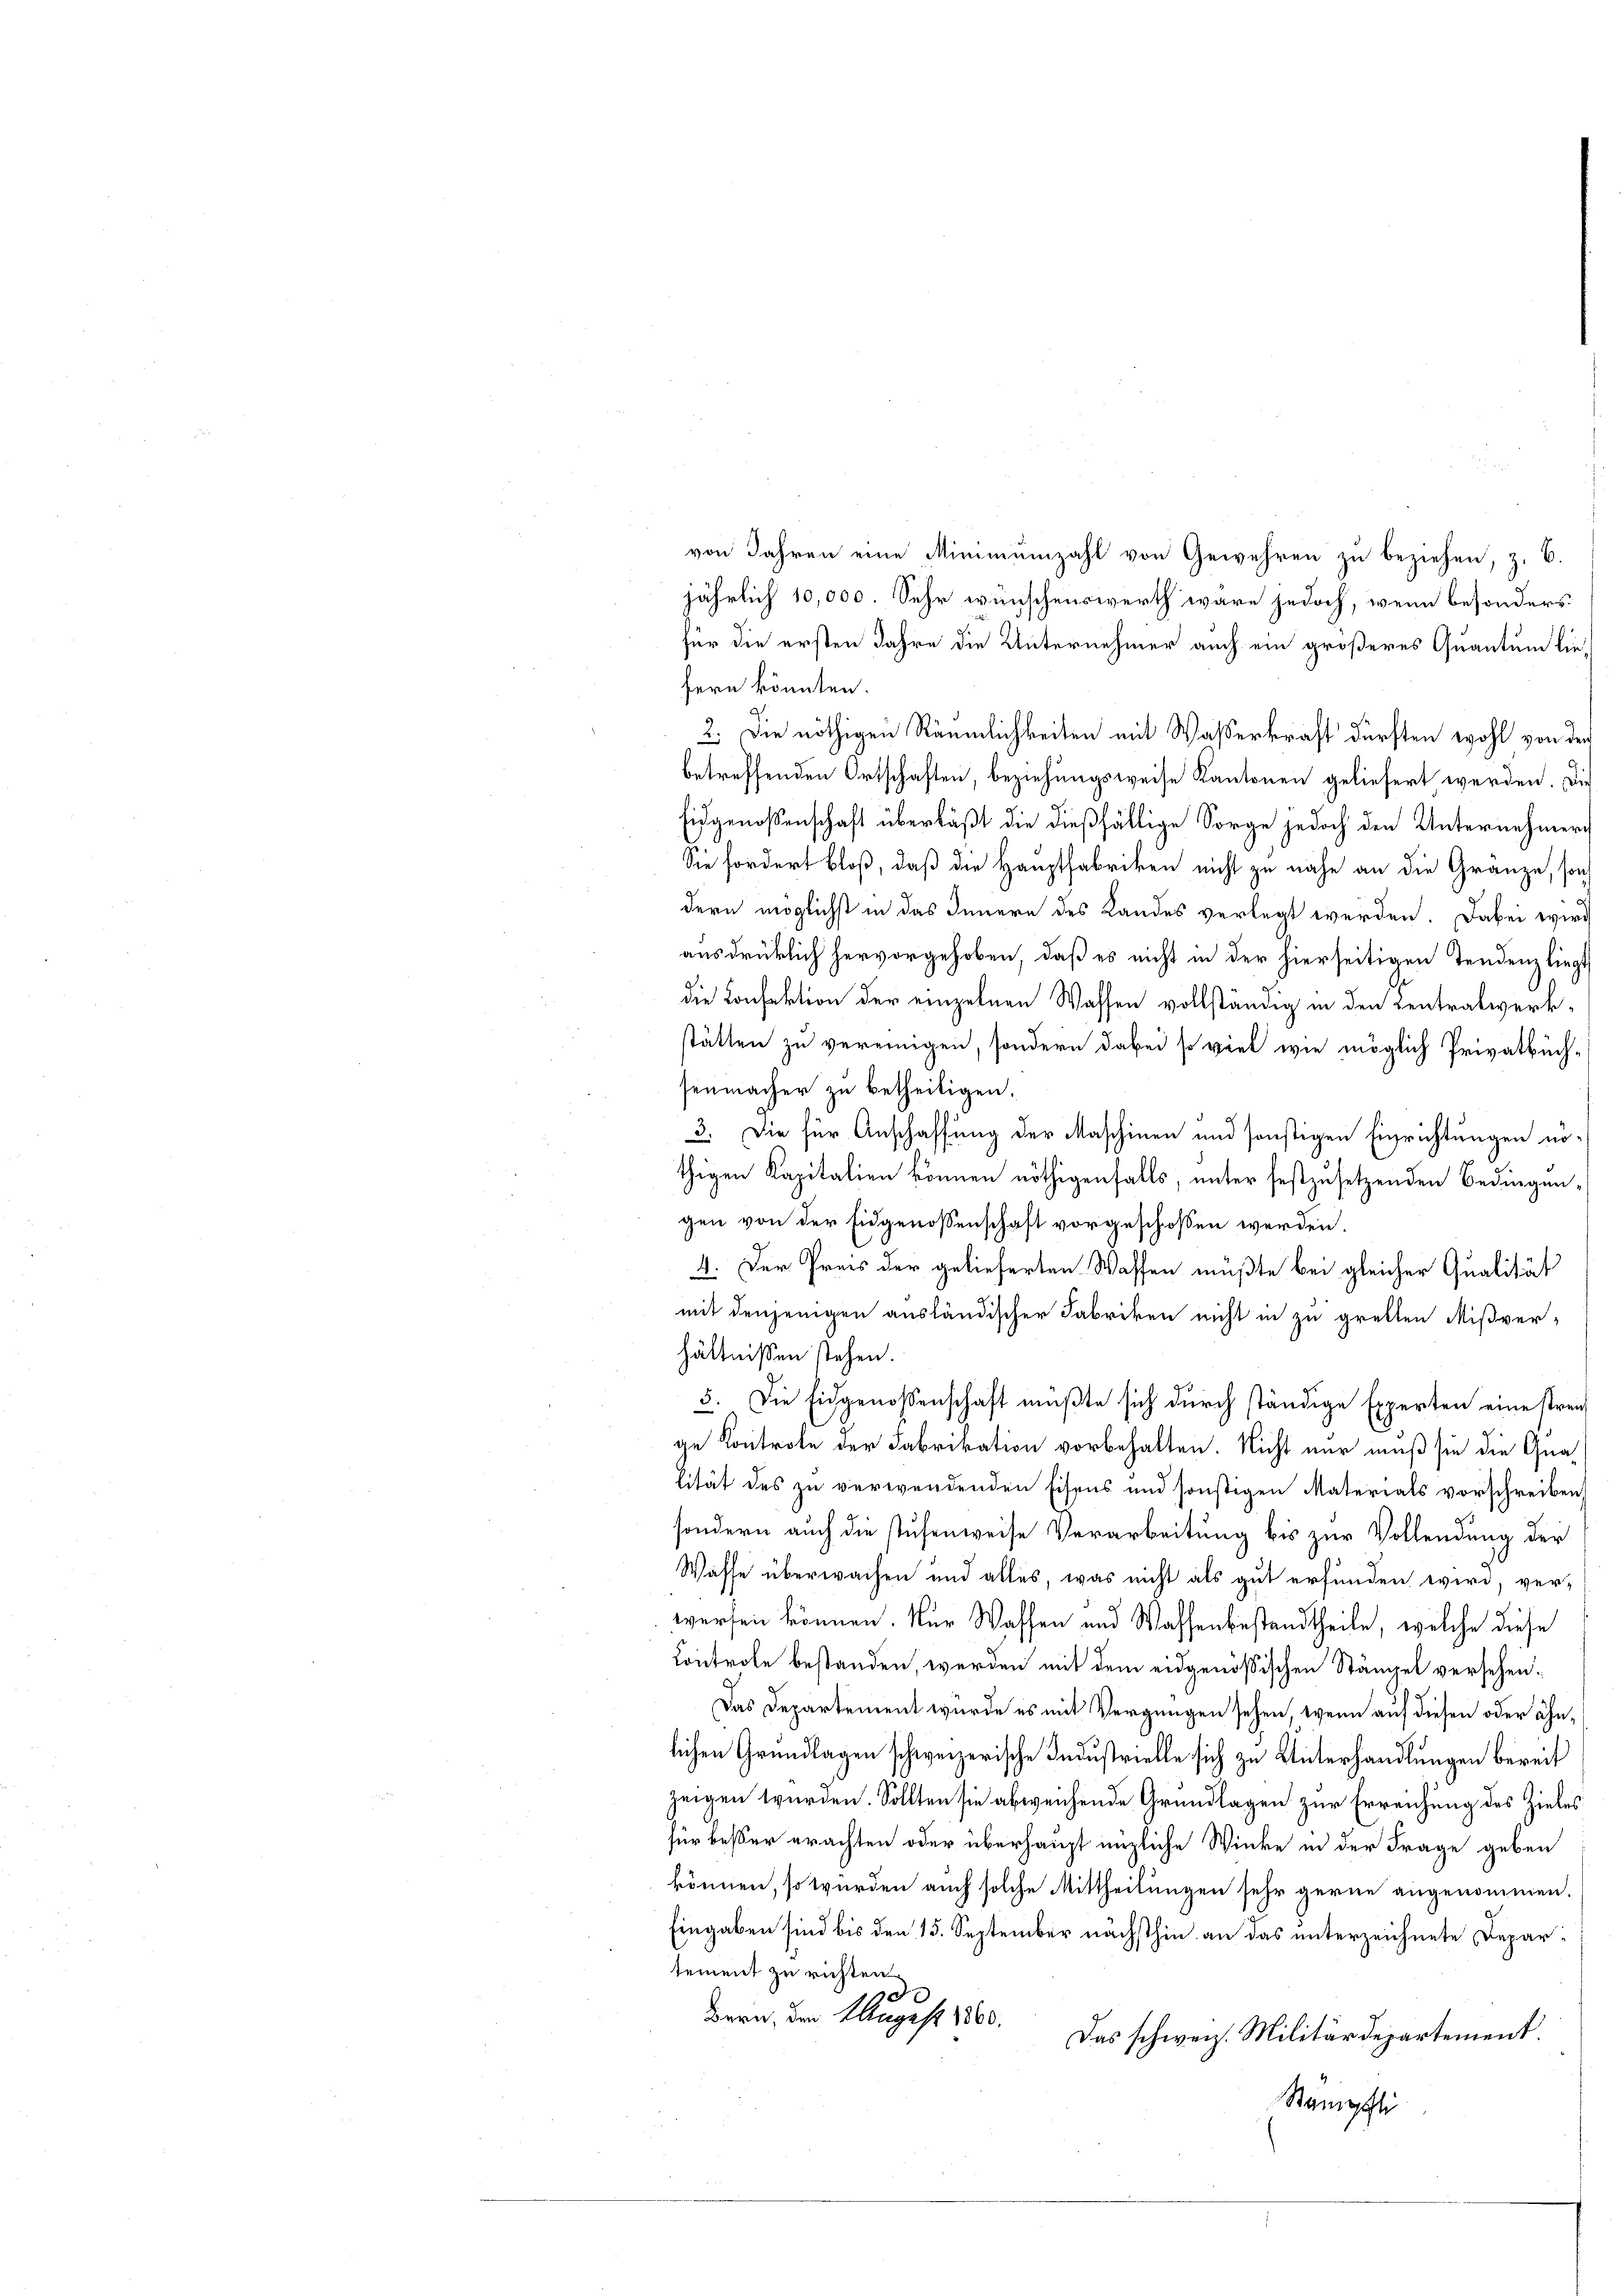
von Jahren eine Minimumzahl von Gewehren zu beziehen, z. B.
jährlich 10,000. Sehr wünschenswerth wäre jedoch, wenn besonders
für die ersten Jahre die Unternehmer auch ein größeres Quantum liefern könnten.
2. Die nöthigen Räumlichkeiten mit Wasserkraft dürften wohl von der
betreffenden Ortschaften, beziehungsweise Kantonen geliefert werden. Die
Eidgenossenschaft überläßt die dießfällige Sorge jedoch den Unternehmer
Sie fordert bloß, daß die Hauptfabriken nicht zu nahe an die Gränze, son
dern möglichst in das Innern des Landes verlegt werden. Dabei wird
ausdrücklich hervorgehoben, daß es nicht in der hierseitigen Tendenz liegt
die Konfektion der einzelnen Wassen vollständig in den Zentratwerkstätten zu vereinigen, sondern dabei so viel wie möglich Privatbüch-
senmacher zu betheiligen.
3. Die für Anschaffung der Maschinen und sonstigen Einrichtungen nö-
thigen Kapitalien können nöthigenfalls, unter festzusetzenden Bedingungen von der Eidgenossenschaft vorgeschossen werden.
4. Der Preis der gelieferten Wassen müßte bei gleicher Qualität
mit denjenigen ausländischer Fabriken nicht in zu grellen Mißver-
hältnissen stehen.
5. Die Eidgenossenschaft mußte sich durch ständige Experten eine streige Kontrole der Fabrikation vorbehalten. Nicht nur muß sie die Qualität des zu verwendenden Eisens und sonstigen Materials vorschreiben,
sondern auch die stufenweise Verarbeitung bis zur Vollendung der
Wasse überwaisen und alles, was nicht als gut erfunden wird, ver-
werfen können. Nur Waffen und Wassenbestandtheile, welche diese
Controle bestanden, werden mit dem eidgenößischen Stämpel versehen¬
Das Departement wurde es mit Vergnügen sehen, wenn auf diesen oder ähnlichen Grundlagen schweizerische Industrielle sich zu Unterhandlungen bereit
zeigen wurden. Sollten sie abweichende Grundlagen zur Erreichung des Zieles
für besser erachten oder überhaupt enzliche Winke in der Frage geben
können, so würden auch solche Mittheilungen sehr gerne angenommen.
Eingaben sind bis den 15. September nächsthin an das unterzeichnete Deparsement zu richten.
Bern, den August 1860.
Das schweiz. Militärdepartement.
Stampfli